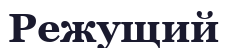
Режущий